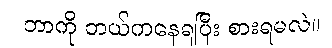
ဘာကို ဘယ်ကနေရပြီး စားရမလဲ။